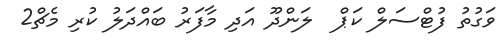
ވަގުތު ފުޓްސަލް ކަޕް  ލަންދޫ އަދި މާފަރު ބައްދަލު ކުރި މެޗް2